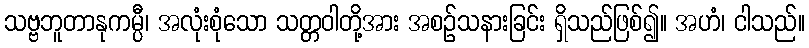
သဗ္ဗဘူတာနုကမ္ပီ၊ အလုံးစုံသော သတ္တဝါတို့အား အစဉ်သနားခြင်း ရှိသည်ဖြစ်၍။ အဟံ၊ ငါသည်။